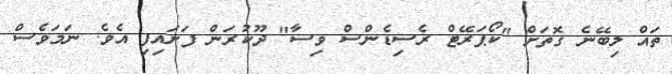
ތައް ލިބޭނެ ގޮތަށް "ކޯޕަރޭޓް ރެސިޑެންސް ވިސާ" ދޫކުރަން ފަށައިފި އެވެ. ނަމަވެސް